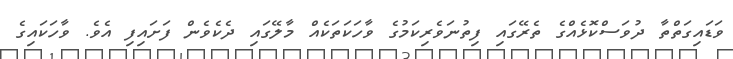
ވަޑައިގަތްތާ ދުވަސްކޮޅެއްގެ ތެރޭގައި ފިތުނަވެރިކަމުގެ ވާހަކަތަކެއް މާލޭގައި ދެކެވެން ފަށައިފި އެވެ. ވާހަކައިގެ